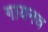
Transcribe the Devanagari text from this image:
गायनच